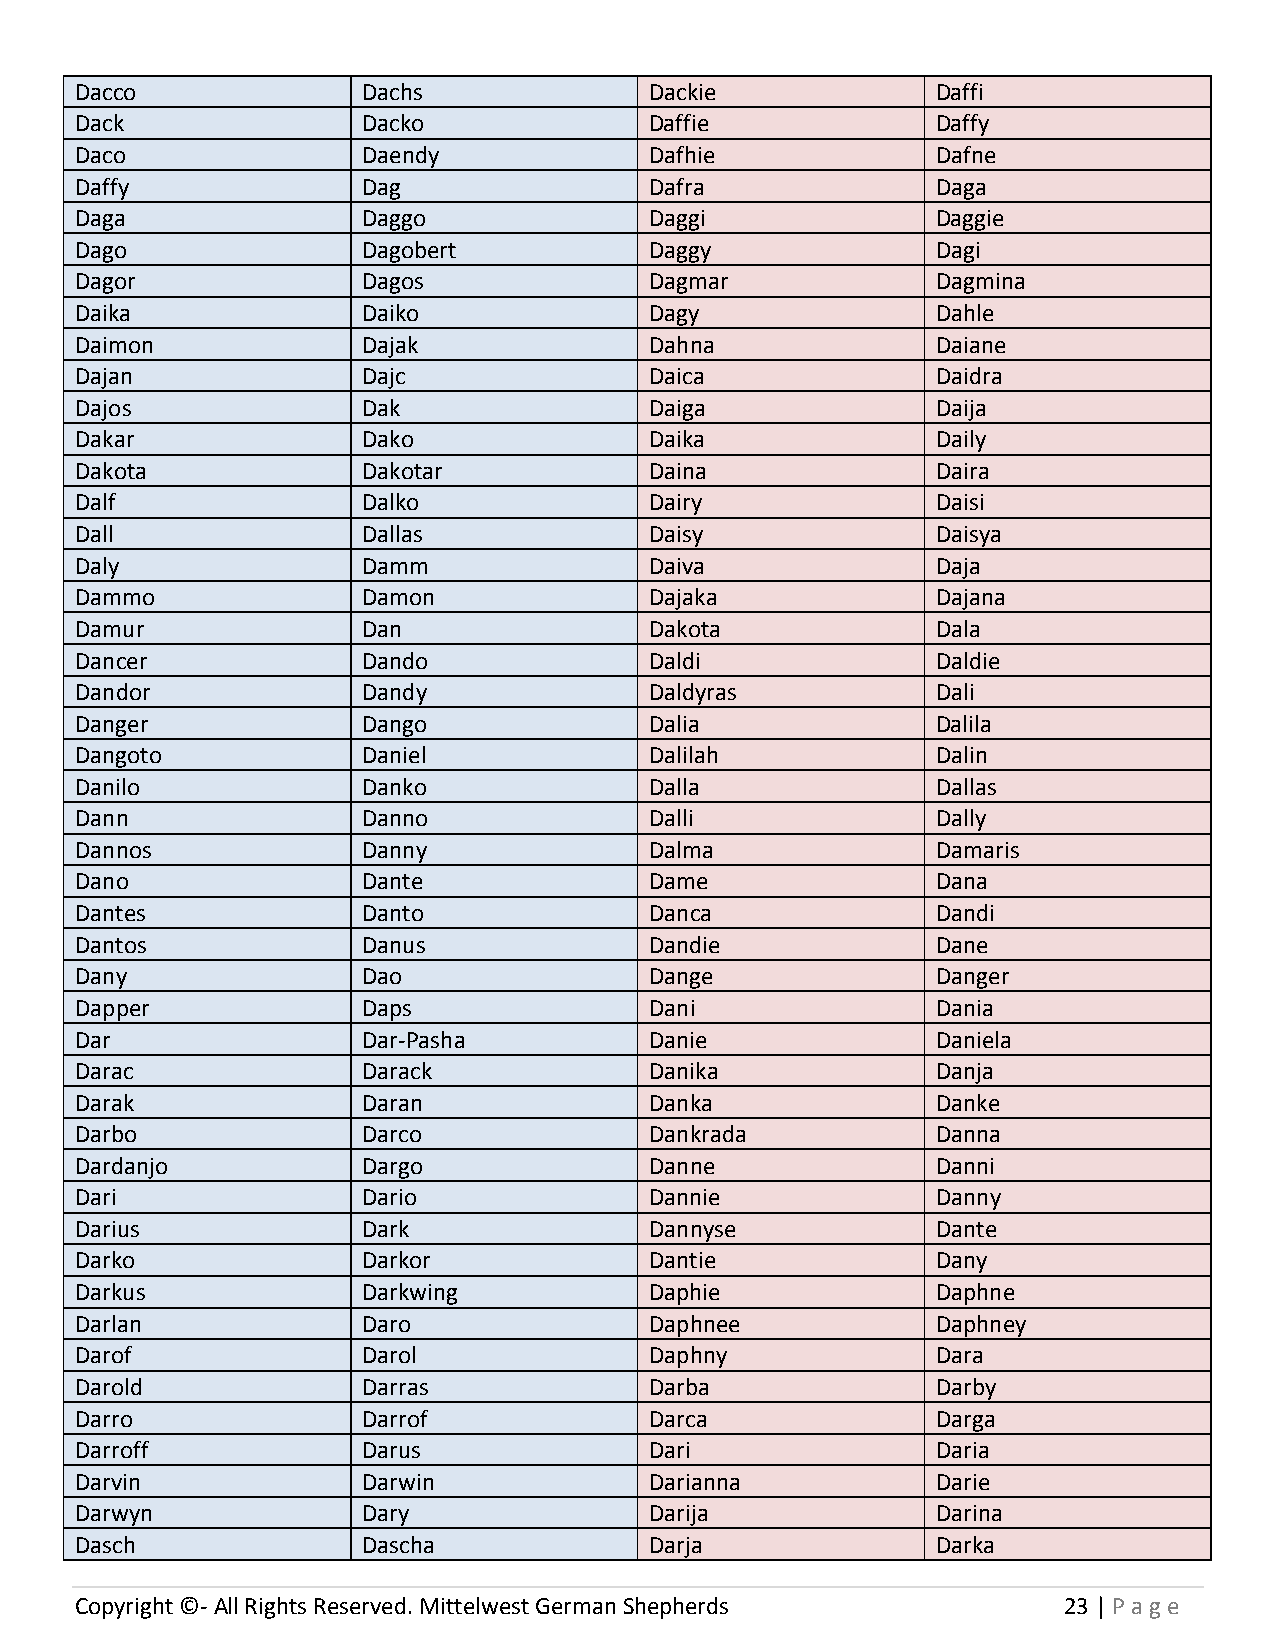
Dacco              Dachs              Dackie             Daffi
 Dack               Dacko              Daffie             Daffy
 Daco               Daendy             Dafhie             Dafne
 Daffy              Dag                Dafra              Daga
 Daga               Daggo              Daggi              Daggie
 Dago               Dagobert           Daggy              Dagi
 Dagor              Dagos              Dagmar             Dagmina
 Daika              Daiko              Dagy               Dahle
 Daimon             Dajak              Dahna              Daiane
 Dajan              Dajc               Daica              Daidra
 Dajos              Dak                Daiga              Daija
 Dakar              Dako               Daika              Daily
 Dakota             Dakotar            Daina              Daira
 Dalf               Dalko              Dairy              Daisi
 Dall               Dallas             Daisy              Daisya
 Daly               Damm               Daiva              Daja
 Dammo              Damon              Dajaka             Dajana
 Damur              Dan                Dakota             Dala
 Dancer             Dando              Daldi              Daldie
 Dandor             Dandy              Daldyras           Dali
 Danger             Dango              Dalia              Dalila
 Dangoto            Daniel             Dalilah            Dalin
 Danilo             Danko              Dalla              Dallas
 Dann               Danno              Dalli              Dally
 Dannos             Danny              Dalma              Damaris
 Dano               Dante              Dame               Dana
 Dantes             Danto              Danca              Dandi
 Dantos             Danus              Dandie             Dane
 Dany               Dao                Dange              Danger
 Dapper             Daps               Dani               Dania
 Dar                Dar-Pasha          Danie              Daniela
 Darac              Darack             Danika             Danja
 Darak              Daran              Danka              Danke
 Darbo              Darco              Dankrada           Danna
 Dardanjo           Dargo              Danne              Danni
 Dari               Dario              Dannie             Danny
 Darius             Dark               Dannyse            Dante
 Darko              Darkor             Dantie             Dany
 Darkus             Darkwing           Daphie             Daphne
 Darlan             Daro               Daphnee            Daphney
 Darof              Darol              Daphny             Dara
 Darold             Darras             Darba              Darby
 Darro              Darrof             Darca              Darga
 Darroff            Darus              Dari               Daria
 Darvin             Darwin             Darianna           Darie
 Darwyn             Dary               Darija             Darina
 Dasch              Dascha             Darja              Darka
 Copyright ©- All Rights Reserved. Mittelwest German Shepherds    23 | P age